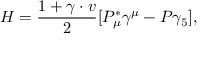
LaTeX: H = \frac { 1 + \gamma \cdot v } { 2 } [ P _ { \mu } ^ { * } \gamma ^ { \mu } - P \gamma _ { 5 } ] ,